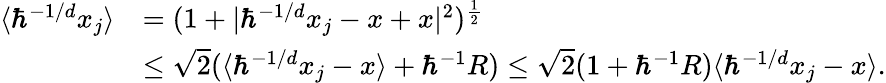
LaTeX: \begin{array}{rl}{\langle\hbar^{-1/d}x_{j}\rangle}&{=(1+|\hbar^{-1/d}x_{j}-x+x|^{2})^{\frac{1}{2}}}\\ &{\leq\sqrt{2}(\langle\hbar^{-1/d}x_{j}-x\rangle+\hbar^{-1}R)\leq\sqrt{2}(1+\hbar^{-1}R)\langle\hbar^{-1/d}x_{j}-x\rangle.}\end{array}